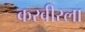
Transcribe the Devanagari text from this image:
करवीरला